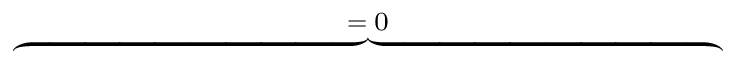
\overbrace { \phantom { \left. \sum _ { k = 1 } ^ { 3 } \sum _ { i = 1 } ^ { 2 } \sum _ { p = 1 } ^ { P _ { k } ^ { ( i ) } } \left( \frac { - \kappa ^ { ( i ) } } { \varepsilon _ { 0 } c _ { p , k } ^ { ( i ) } } \partial _ { t } \tilde { Q } _ { p , k } ^ { ( i ) } ( \mathrm { d } _ { \rho } Q _ { p , k } ^ { ( i ) } ) + \mathrm { c . c } \right) \right| _ { 0 } ^ { T } } } ^ { = \; 0 }